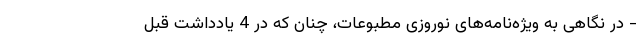
- در نگاهی به ویژه‌نامه‌های نوروزی مطبوعات، چنان که در 4 یادداشت قبل